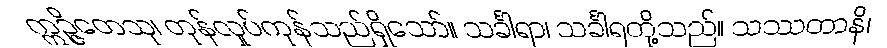
ဣဉ္ဇိတေသု၊ တုန်လှုပ်ကုန်သည်ရှိသော်။ သင်္ခါရာ၊ သင်္ခါရတို့သည်။ သဿတာနိ၊